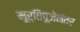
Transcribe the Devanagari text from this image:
मू्र्तिपूजेनंतर